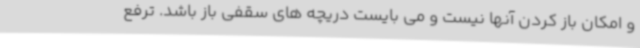
و امکان باز کردن آنها نیست و می بایست دریچه های سقفی باز باشد. ترفع